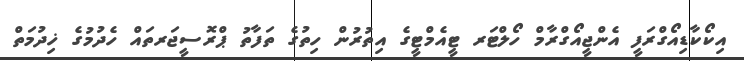
އިކޯކާޑިއޯގްރަފީ އެންޖީއޯގްރާމް ހޯލްޓަރ ޓީއެމްޓީގެ އިތުރުން ހިތުގެ ތަފާތު ޕްރޮސީޖަރތައް ހެދުމުގެ ޚިދުމަތް